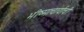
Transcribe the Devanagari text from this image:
भीष्माचार्याची